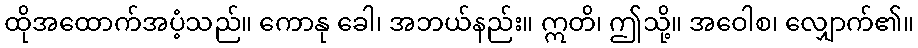
ထိုအထောက်အပံ့သည်။ ကောနု ခေါ၊ အဘယ်နည်း။ ဣတိ၊ ဤသို့။ အဝေါစ၊ လျှောက်၏။